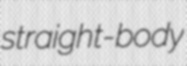
straight-body